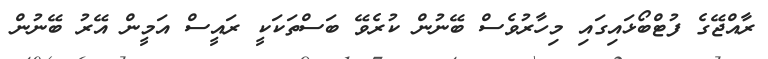
ރާއްޖޭގެ ފުޓްބޯޅައިގައި މިހާރުވެސް ބޭނުން ކުރެވޭ ބަސްތަކަކީ ރައީސް އަމީން އޭރު ބޭނުން